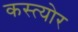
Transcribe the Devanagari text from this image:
कस्त्योर